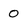
Character: 0